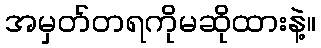
အမှတ်တရကိုမဆိုထားနဲ့။